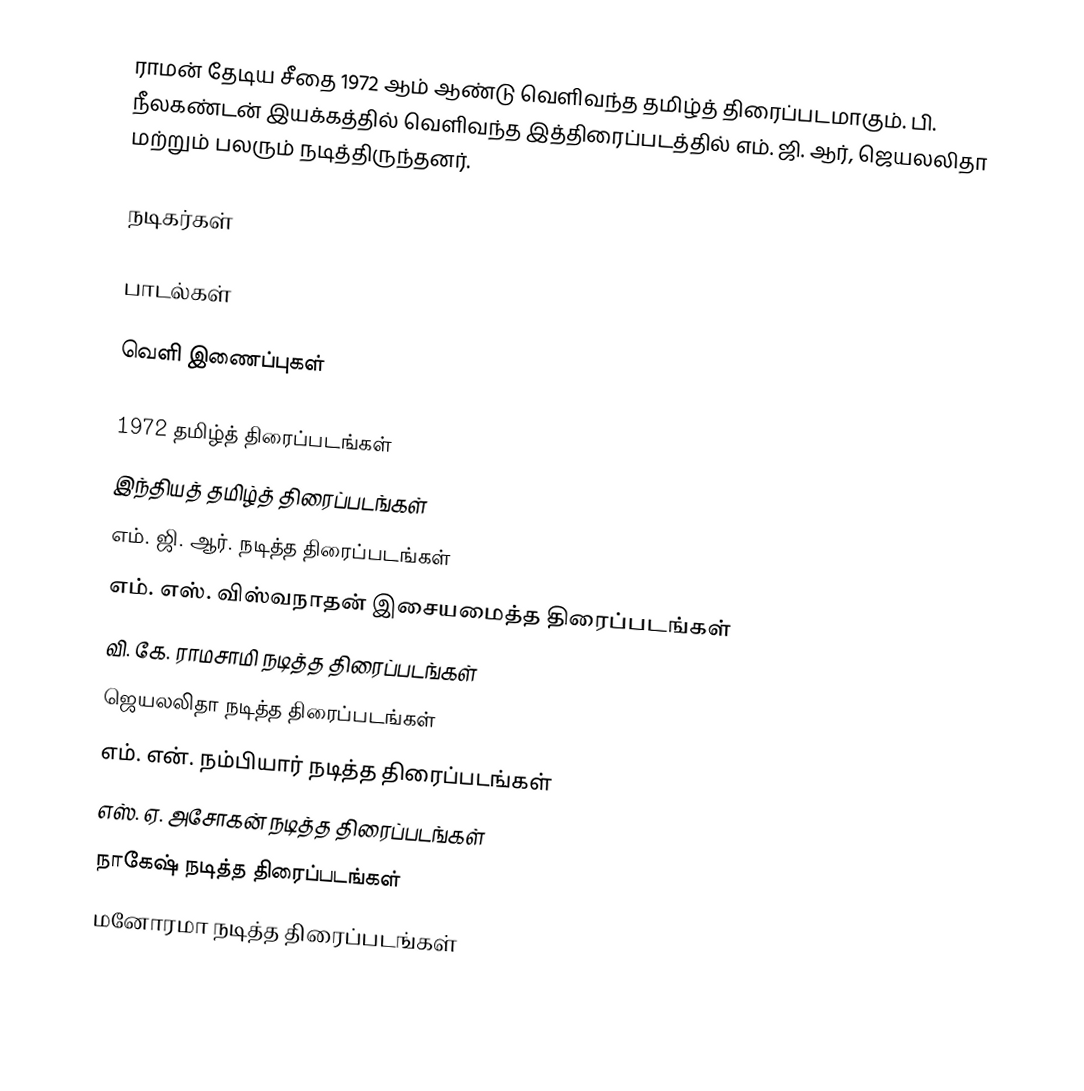
ராமன் தேடிய சீதை 1972 ஆம் ஆண்டு வெளிவந்த தமிழ்த் திரைப்படமாகும். பி. நீலகண்டன் இயக்கத்தில் வெளிவந்த இத்திரைப்படத்தில் எம். ஜி. ஆர், ஜெயலலிதா மற்றும் பலரும் நடித்திருந்தனர்.

நடிகர்கள்

பாடல்கள்

வெளி இணைப்புகள்

1972 தமிழ்த் திரைப்படங்கள்
இந்தியத் தமிழ்த் திரைப்படங்கள்
எம். ஜி. ஆர். நடித்த திரைப்படங்கள்
எம். எஸ். விஸ்வநாதன் இசையமைத்த திரைப்படங்கள்
வி. கே. ராமசாமி நடித்த திரைப்படங்கள்
ஜெயலலிதா நடித்த திரைப்படங்கள்
எம். என். நம்பியார் நடித்த திரைப்படங்கள்
எஸ். ஏ. அசோகன் நடித்த திரைப்படங்கள்
நாகேஷ் நடித்த திரைப்படங்கள்
மனோரமா நடித்த திரைப்படங்கள்